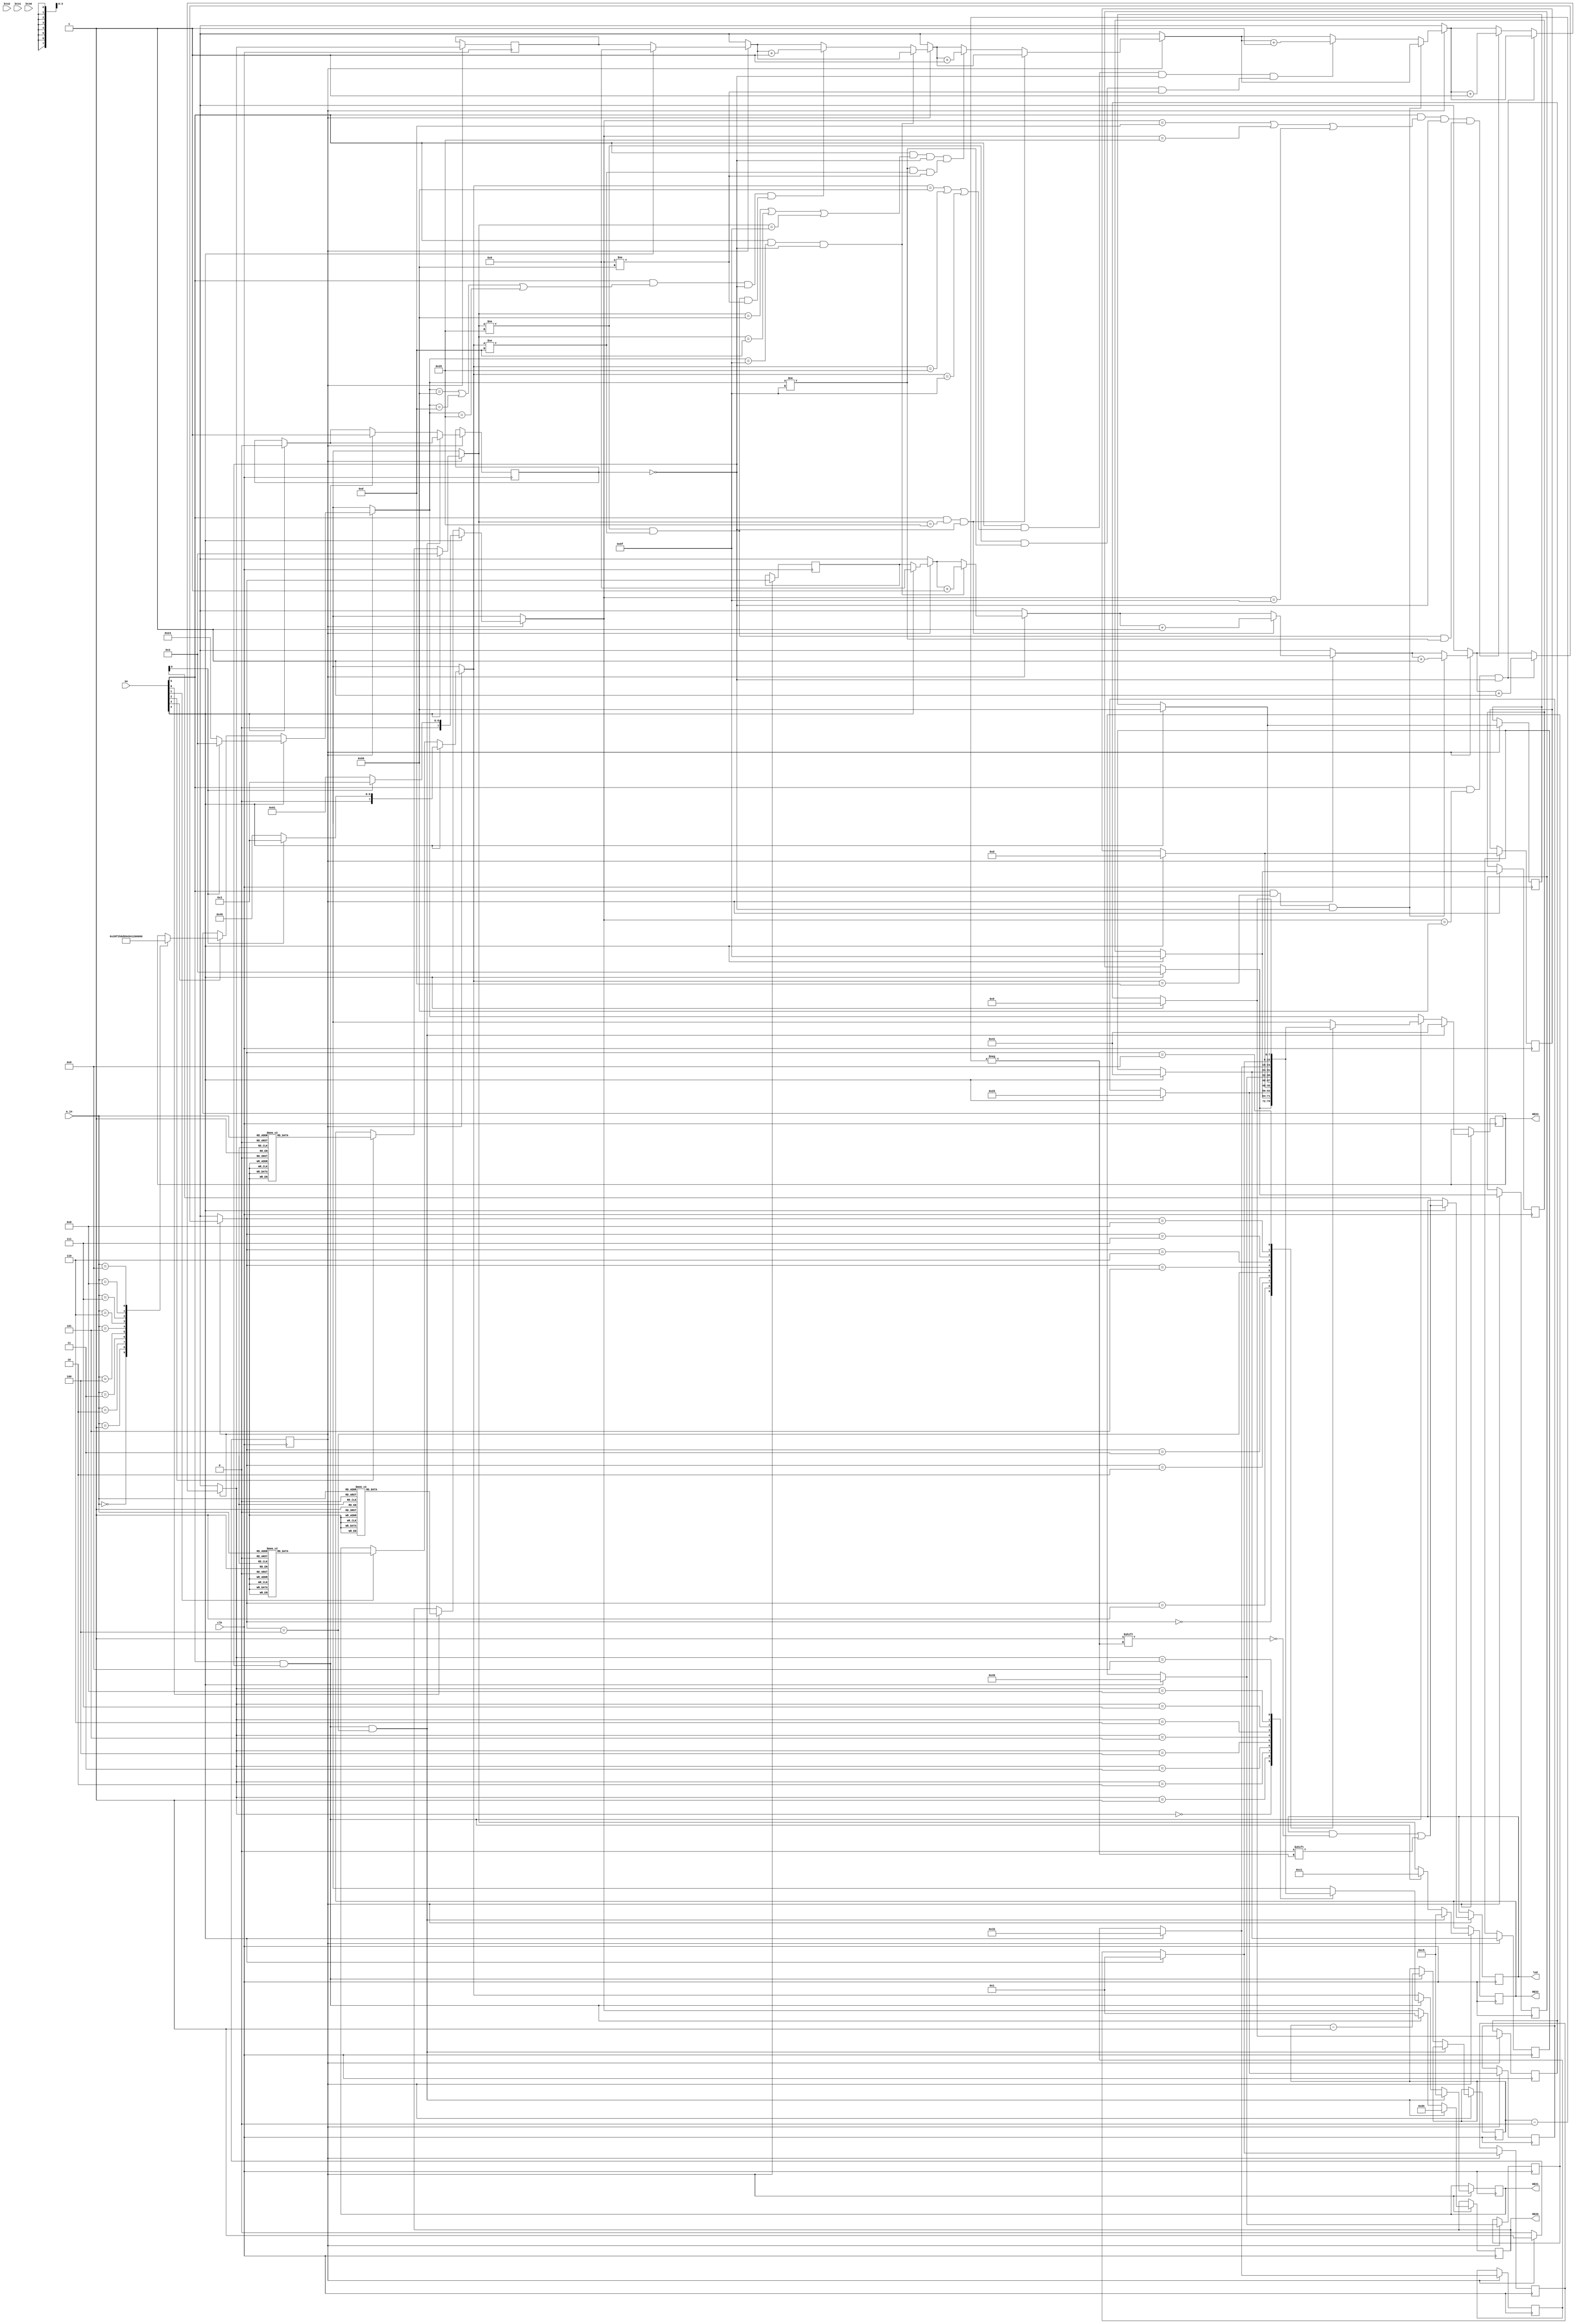
module final_project(clk,a_in,sw, HEX3, HEX2, HEX1,btn2,btn1,btn0, HEX0,led);
	input clk;
	input [3:0]a_in;//4 bit
	input [5:0] sw;
	//sw[3]~s[0] adjust HEX3~HEX0
	//sw[4] reset
	//SW[5] comfirm
	output reg [0:7]HEX3;
	output reg [0:7]HEX2;
	output reg [0:7]HEX1;
	output reg [0:7]HEX0;
	reg [7:0] num[10];
	
	input btn2;
	input btn1;
	input btn0;
	
	reg [9:0] n = 10'd10;//n=10
	output reg[9:0] led;
	reg [3:0] i = 4'd0, j = 4'd0;
	wire[0:7]a =8'b00001001;
	wire[0:7]b =8'b00001001;

	
	reg c=0;
	reg c2=1;
	reg [0:7]num_of_a = 8'b0000000;//num_of_a =0;
	reg [0:7]num_of_b = 8'b0000000;//num_of_b =0;
	reg [0:7]num_of_c = 8'b0000000;//num_of_a =0;

	
	//answer=1234
	reg[0:7]answer0 = 8'b10011001;//4
	reg[0:7]answer1 = 8'b00001101;//3
	reg[0:7]answer2 = 8'b00100101;//2
	reg[0:7]answer3 = 8'b10011111;//1
	
	initial begin
	
		num[0]=8'b00000011;//0
		num[1]=8'b10011111;//1
		num[2]=8'b00100101;//2
		num[3]=8'b00001101;//3
		num[4]=8'b10011001;//4
		num[5]=8'b01001001;//5
		num[6]=8'b01000001;//6
		num[7]=8'b00011011;//7
		num[8]=8'b00000001;//8
		num[9]=8'b00001001;//9
		
		HEX3=8'b00000011;//0
		HEX2=8'b00000011;//0
		HEX1=8'b00000011;//0
		HEX0=8'b00000011;//0
		led=10'b1111111111;
		c<=0;
		c2=1;
	end
	
	always @(posedge clk) begin
	
		if(c2==1)begin
		if(sw[4]==1)begin //reset
			
			num[0]=8'b00000011;//0
			num[1]=8'b10011111;//1
			num[2]=8'b00100101;//2
			num[3]=8'b00001101;//3
			num[4]=8'b10011001;//4
			num[5]=8'b01001001;//5
			num[6]=8'b01000001;//6
			num[7]=8'b00011011;//7
			num[8]=8'b00000001;//8
			num[9]=8'b00001001;//9
			c<=0;
			c2=1;
			HEX3=8'b00000011;//0
			HEX2=8'b00000011;//0
			HEX1=8'b00000011;//0
			HEX0=8'b00000011;//0
			i = 4'd0;
			j = 4'd0;
			led[n]=0;
			if(led[0]==0)begin
			HEX3=8'b11100011;//L
			HEX2=8'b00000011;//o
			HEX1=8'b01001001;//0
			HEX0=8'b01100001;//E
		
		
			end
			
		end
		
		else begin
				/*if(btn2==0)begin
				HEX2=answer2;		
				end
				if(btn1==0)begin
				HEX1=answer1;		
				end
				if(btn0==0)begin
				HEX0=answer0;			
				end*/
				if(sw[3]==1) begin
				case(a_in[3:0])
					4'b0000:HEX3=8'b00000011;//0
					4'b0001:HEX3=8'b10011111;//1
					4'b0010:HEX3=8'b00100101;//2
					4'b0011:HEX3=8'b00001101;//3
					4'b0100:HEX3=8'b10011001;//4
					4'b0101:HEX3=8'b01001001;//5
					4'b0110:HEX3=8'b01000001;//6
					4'b0111:HEX3=8'b00011011;//7
					4'b1000:HEX3=8'b00000001;//8
					4'b1001:HEX3=8'b00001001;//9
				endcase
			end
			
			if(sw[2]==1)begin
				case(a_in[3:0])
					4'b0000:HEX2=8'b00000011;//0
					4'b0001:HEX2=8'b10011111;//1
					4'b0010:HEX2=8'b00100101;//2
					4'b0011:HEX2=8'b00001101;//3
					4'b0100:HEX2=8'b10011001;//4
					4'b0101:HEX2=8'b01001001;//5
					4'b0110:HEX2=8'b01000001;//6
					4'b0111:HEX2=8'b00011011;//7
					4'b1000:HEX2=8'b00000001;//8
					4'b1001:HEX2=8'b00001001;//9
					default:HEX2=8'b0000000;
				endcase
			end
			
			if(sw[1]==1)begin
				case(a_in[3:0])
					4'b0000:HEX1=8'b00000011;//0
					4'b0001:HEX1=8'b10011111;//1
					4'b0010:HEX1=8'b00100101;//2
					4'b0011:HEX1=8'b00001101;//3
					4'b0100:HEX1=8'b10011001;//4
					4'b0101:HEX1=8'b01001001;//5
					4'b0110:HEX1=8'b01000001;//6
					4'b0111:HEX1=8'b00011011;//7
					4'b1000:HEX1=8'b00000001;//8
					4'b1001:HEX1=8'b00001001;//9
					default:HEX1=8'b0000000;
				endcase
			end
			
			if(sw[0]==1)begin
				case(a_in[3:0])
					4'b0000:HEX0=8'b00000011;//0
					4'b0001:HEX0=8'b10011111;//1
					4'b0010:HEX0=8'b00100101;//2
					4'b0011:HEX0=8'b00001101;//3
					4'b0100:HEX0=8'b10011001;//4
					4'b0101:HEX0=8'b01001001;//5
					4'b0110:HEX0=8'b01000001;//6
					4'b0111:HEX0=8'b00011011;//7
					4'b1000:HEX0=8'b00000001;//8
					4'b1001:HEX0=8'b00001001;//9
					default:HEX0=8'b0000000;
				endcase
			end
		end
		
				
		if(sw[5]==1 &&  HEX3==answer3 && c==0)begin	//?A
			j = j + 4'd1;
		end
		
		else if(sw[5]==1 && ((HEX3==answer0) || (HEX3==answer1) || (HEX3==answer2))  && c==0 &&((HEX2!=answer2)&&(HEX1!=answer1)&&(HEX0!=answer0)))begin//?B
			i = i + 4'd1;
		end
		
		
		if(sw[5]==1 && HEX2==answer2 && c==0)begin
			j = j + 4'd1;
		end
		
		else if( sw[5]==1 && ((HEX2==answer0) || (HEX2==answer1) || (HEX2==answer3) )&& c==0&&((HEX3!=answer3)&&(HEX1!=answer1)&&(HEX0!=answer0)))begin//?B
			i = i + 4'd1;
		end
		
		
		if(sw[5]==1 && HEX1==answer1 && c==0)begin
			j = j + 4'd1;
		end
		else if(sw[5]==1 &&  ((HEX1==answer0) || (HEX1==answer2) || (HEX1==answer3) )&& c==0 &&((HEX2!=answer2)&&(HEX3!=answer3)&&(HEX0!=answer0)) )begin//?B
			i = i + 4'd1;
		end
		
		
		if(sw[5]==1 && HEX0==answer0 && c==0)begin
			j = j + 4'd1;
		end
		
		else if(sw[5]==1 && ((HEX0==answer1) || (HEX0==answer2) || (HEX0==answer3)) && c==0 &&((HEX2!=answer2)&&(HEX1!=answer1)&&(HEX3!=answer3)))begin//?B
			i = i + 4'd1;
		end
		
		if(sw[5]==1 && c==0 && j==4)begin
			HEX3 <= 8'b01000001;//g
			HEX2 <= 8'b11000101;//o
			HEX1 <= 8'b11000101;//o
			HEX0 <= 8'b10000101;//d
		
		end
			
		else if(sw[5]==1 &&  c==0)begin//?B
			HEX3 = num[j];
			HEX2<= 8'b00010001;//print A
			HEX1= num[i];
			HEX0<= 8'b00000001;//print B
			c<=1;
			n=n-10'd1;//n--
			end
			
			
		end
		
	end
	
endmodule